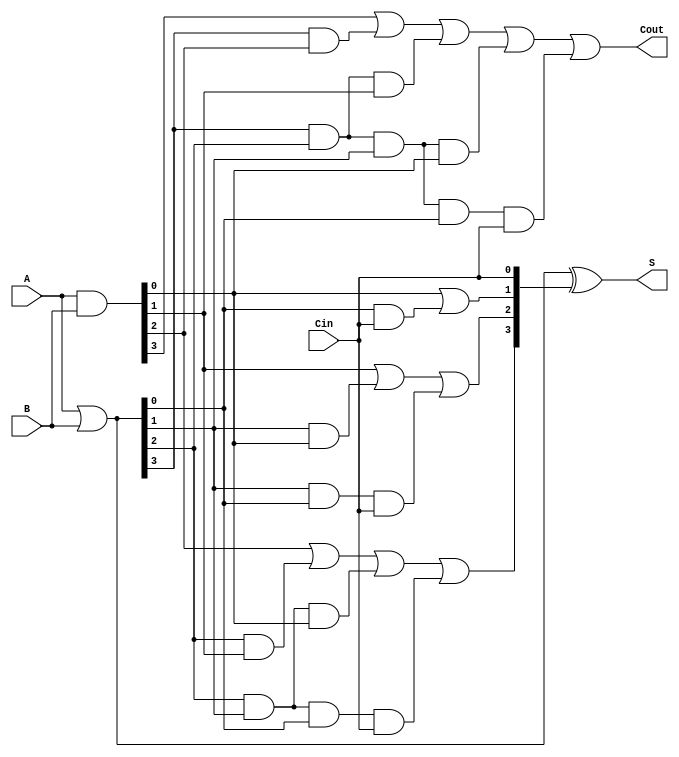
module CLA_4bit (
    input  [3:0] A,      // 4-bit input A
    input  [3:0] B,      // 4-bit input B
    input        Cin,     // Carry input
    output [3:0] S,      // 4-bit sum output
    output       Cout     // Carry output
);

// Generate and Propagate signals
wire [3:0] G; // Generate signals
wire [3:0] P; // Propagate signals
wire [4:0] C; // Carry signals

// Calculate Generate (G) and Propagate (P)
assign G = A & B;       // G_i = A_i & B_i
assign P = A | B;       // P_i = A_i | B_i

// Carry calculations
assign C[0] = Cin; // Initial carry (C0)

assign C[1] = G[0] | (P[0] & C[0]);                       // C1
assign C[2] = G[1] | (P[1] & G[0]) | (P[1] & P[0] & C[0]); // C2
assign C[3] = G[2] | (P[2] & G[1]) | (P[2] & P[1] & G[0]) | (P[2] & P[1] & P[0] & C[0]); // C3
assign C[4] = G[3] | (P[3] & G[2]) | (P[3] & P[2] & G[1]) | (P[3] & P[2] & P[1] & G[0]) | (P[3] & P[2] & P[1] & P[0] & C[0]); // C4 (Cout)

// Sum calculation
assign S = P ^ {C[3:0]}; // S_i = P_i ^ C_i

// Carry output
assign Cout = C[4]; // Final carry output

endmodule